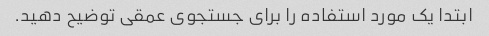
ابتدا یک مورد استفاده را برای جستجوی عمقی توضیح دهید.